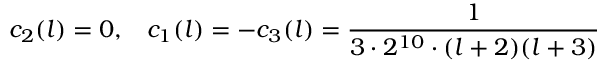
c _ { 2 } ( l ) = 0 , \; \; \; c _ { 1 } ( l ) = - c _ { 3 } ( l ) = { \frac { 1 } { 3 \cdot 2 ^ { 1 0 } \cdot ( l + 2 ) ( l + 3 ) } }